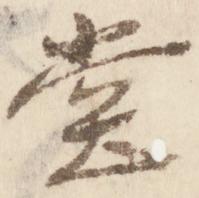
堂